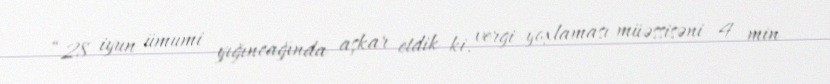
“28 iyun ümumi yığıncağında aşkar etdik ki, vergi yoxlaması müəssisəni 4 min